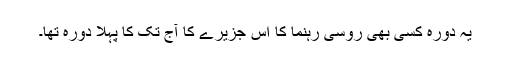
یہ دورہ کسی بھی روسی رہنما کا اس جزیرے کا آج تک کا پہلا دورہ تھا۔